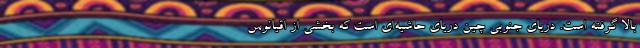
بالا گرفته است. دریای جنوبی چین دریای حاشیه‌ای است که بخشی از اقیانوس